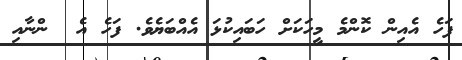
ފަހެ އެއިން ކޮންމެ މީހަކަށް ހަބައިކުޅަ އެއްބަޔެވެ. ފަހެ އެ  ންނާއި